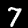
Digit: 7